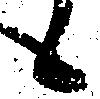
候